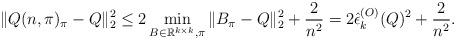
LaTeX: \begin{align*} \|Q(n,\pi)_{\pi}-Q\|^2_{2} \leq 2\min_{B \in \mathbb{R}^{k \times k}, \pi }\| B_{\pi}-Q\|_2^2+\frac{2}{n^2}=2\hat{\epsilon}_k^{(O)}(Q)^2+\frac{2}{n^2}.\end{align*}